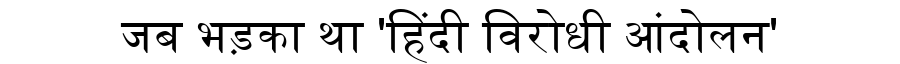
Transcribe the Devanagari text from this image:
जब भड़का था 'हिंदी विरोधी आंदोलन'